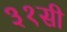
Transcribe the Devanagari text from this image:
३१सी